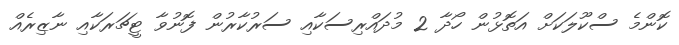
ކޮންމެ ސްކޫލަކަށް އަތޮޅުން ހޯދާ 2 މުދައްރިސަކާއި ސަރުކާރުން ފޮނުވާ ޓީޗަރަކާއި ނާޒިރެއް